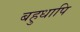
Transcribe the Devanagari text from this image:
बहुधापि